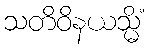
သတိဝိနယသ္မိံ